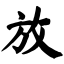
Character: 放